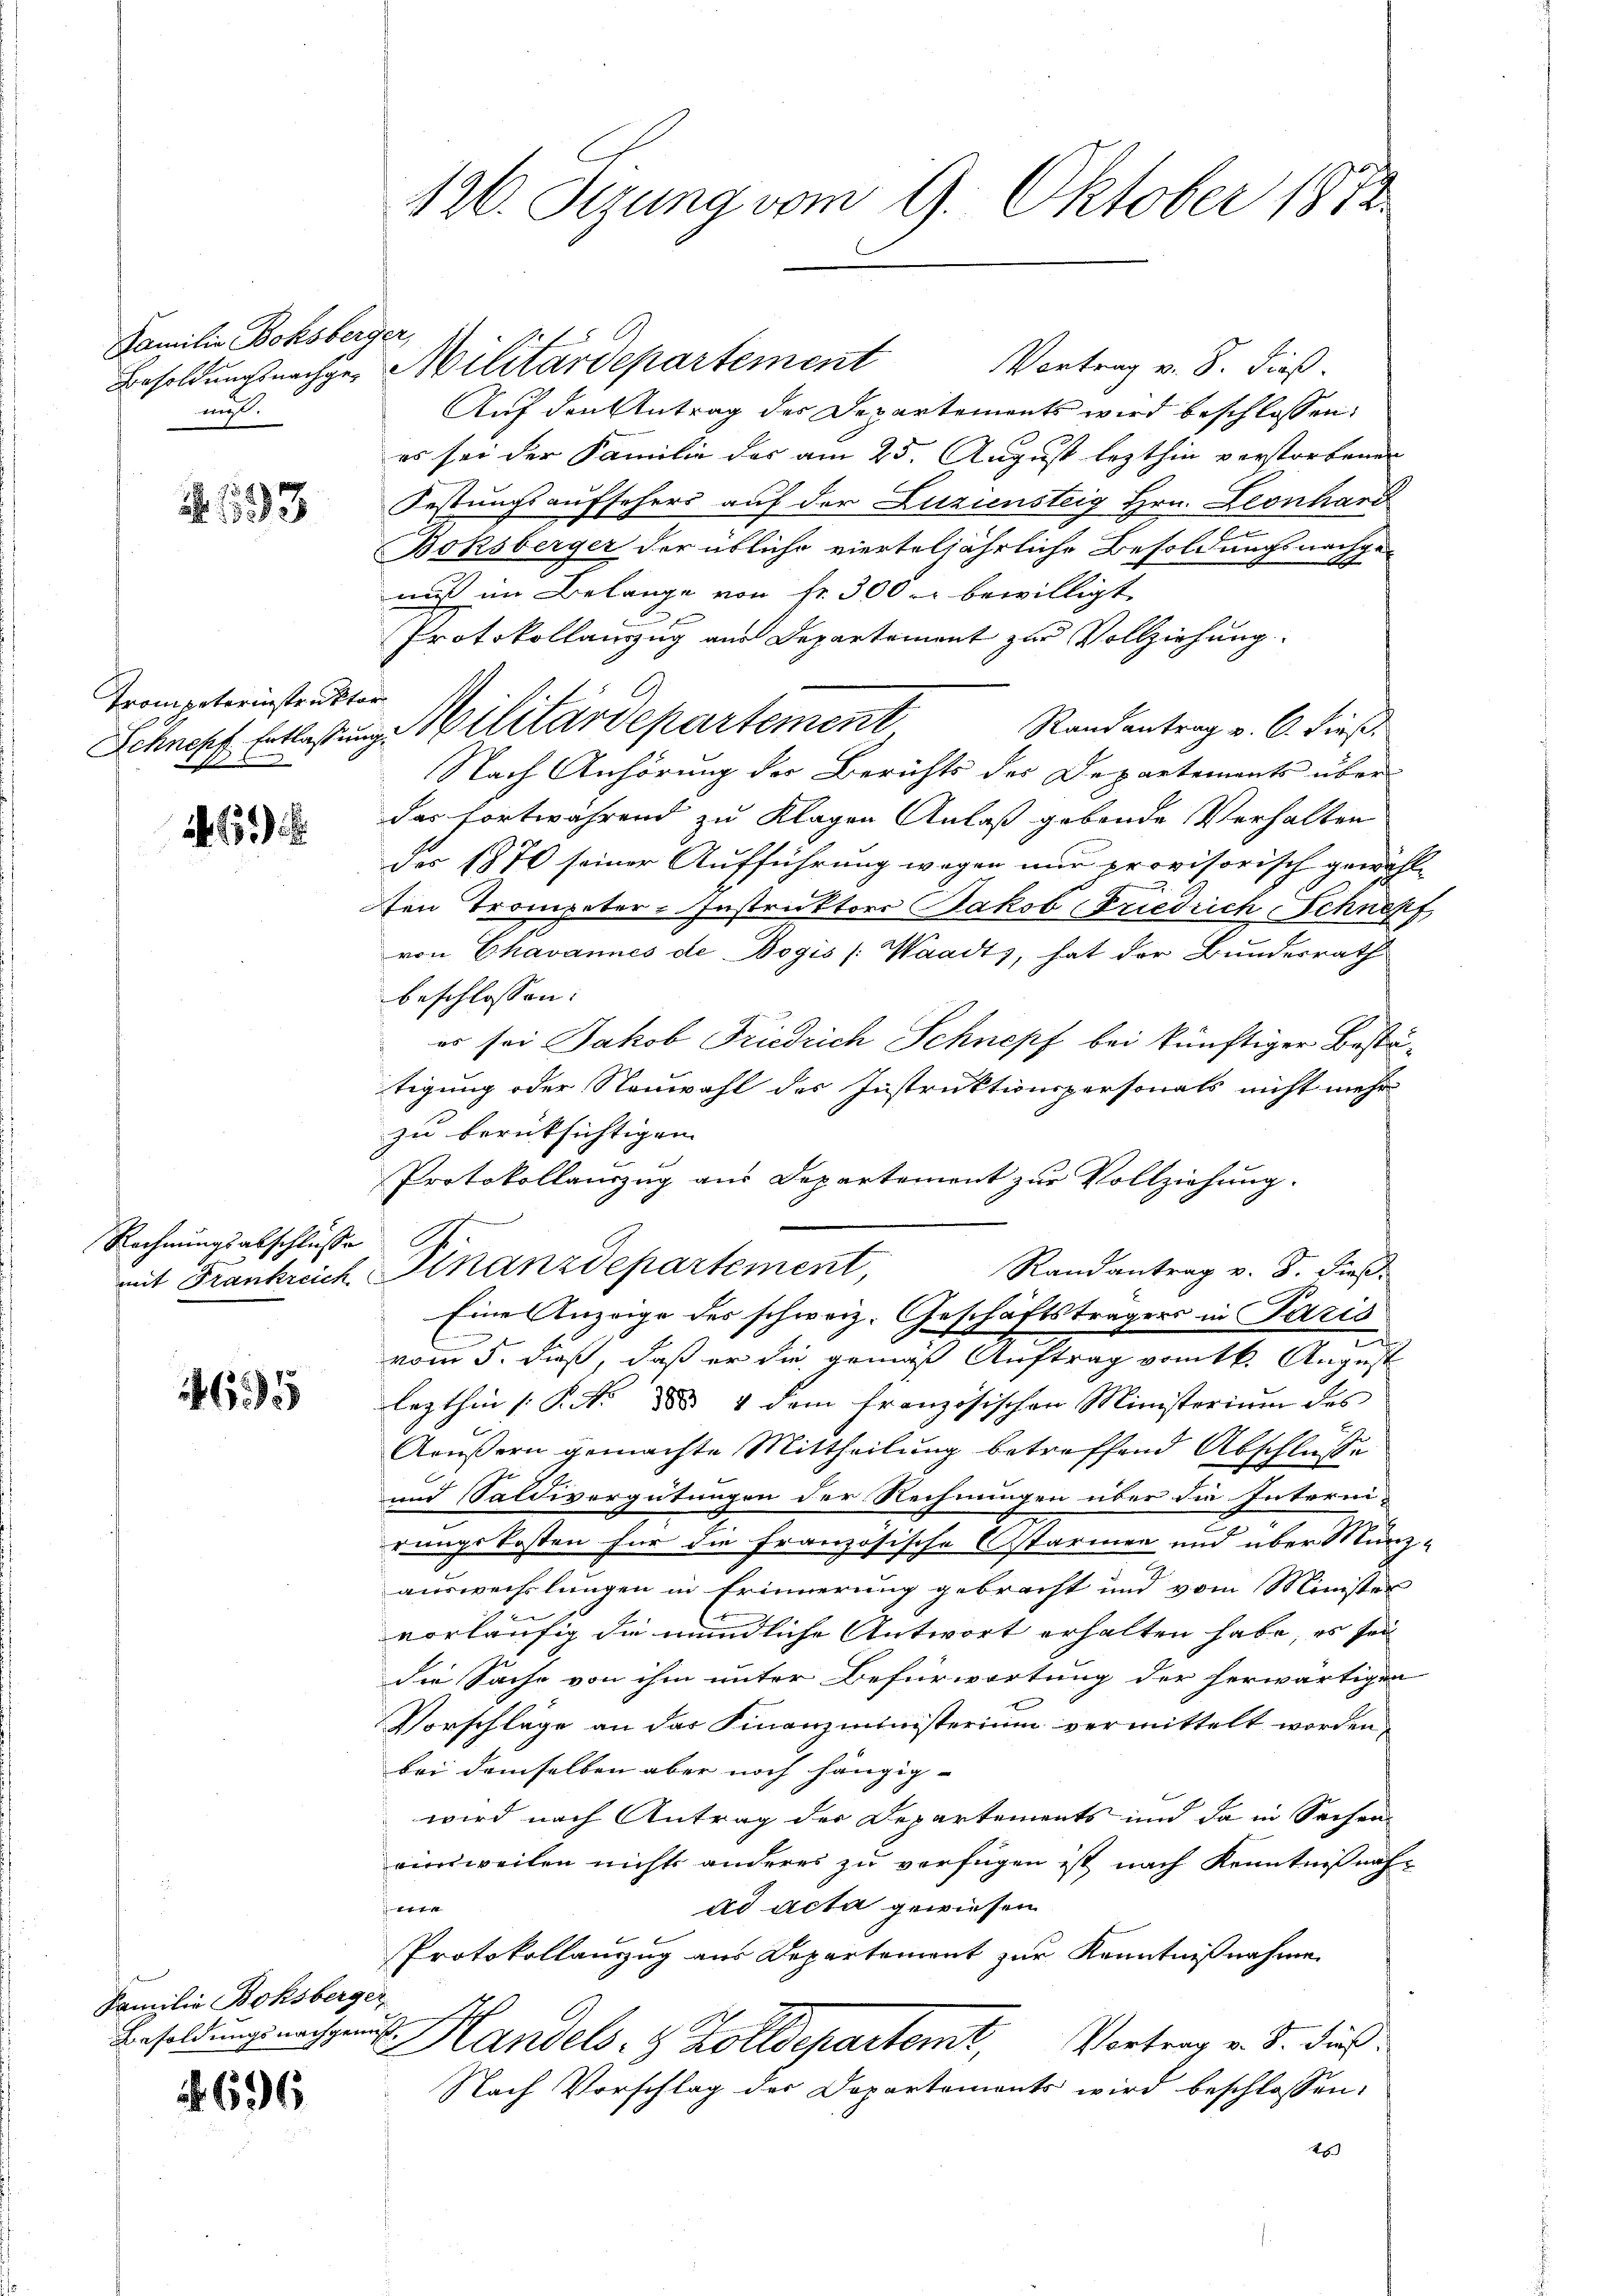
Familie Boksberger,
mit.

193

Trompeterinstruktor
.

1. 659

Rechnungsabschlüsse

4695

Familie Boksberger

696

126. Jerung vom 9. Oktober 1873.

Vortrag v. 8. dieß.
Besoldungsnachge Militärdepartement
Auf den Antrag des Departements wird beschlossen:
es sei der Familie des am 25. August lezthin verstorbenen
Festungsaufsehers auf der Luziensteig Hrn. Leonhard
u
Boksberger der übliche vierteljährliche Besoldungsnachgeauß im Belange von fr. 300 r bewilligt.
Protokollauszug aus Departement zur Vollziehung
Randantrag v. 6. dieß
Nach Anhörung der Berichts der Departements über
das fortwährend zu Klagen Anlaß gebende Verhalten
des 1870 seiner Aufführung wegen nur provisorisch gewähl-
ten Trompeter-Instruktor Jakob Friedrich-Schnorf,
von Chavannes de Bogis (Waadt, hat der Bundesrath
beschlossen:
er sei Jakob Friedrich Schnepf bei künftiger Bestätigung oder Neuwahl des Instruktionspersonats nicht mehr
zu berüksichtigen.
Protokollauszug aus Departement zur Vollziehung.
Randantrag v. 8. dieß.
mit Frankreich Finanzdepartement,
Eine Anzeige des schweiz. Geschäftsträgers in Paris
e
vom 5. dieß, daß er die gemäß Auftrag vom 1. August
lezthin [P.No 885. 4 dem französischen Ministerium des
Aeußern gemachte Mittheilung betreffend Abschlusse
und Saldivergütungen der Rechnungen über die Interni-
rungskosten für die Französische Ostarmen und über Münz-
auswechslungen in Erinnerung gebracht und vom Minister
vorläufig die mündliche Antwort erhalten habe, es sei
die Sache von ihm unter Befürwortung der herwärtigen
Vorschläge an das Finanzministerium vermittelt worden,
bei demselben aber noch hängig-
wird nach Antrag der Departements und da in Sachen-
einweilen nichts anderes zu verfügen ist nach Kenntnißnahxx
ad acta gewiesen
Protokollanzug aus Departement zur Kenntnißnahme
Besoldungs nachgang. Handels- & Zolldepartemt, Vortrag v. S. dieß
E
Nach Vorschlag der Departements wird beschlossen:
2

Schnepf Entlaßung Militärdepartement